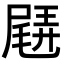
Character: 𡳊